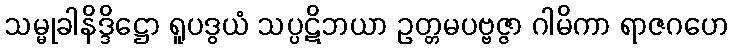
သမ္မုခါနိဒ္ဒိဋ္ဌော ရူပဒွယံ သပ္ပဋိဘယာ ဥတ္တမပဗ္ဗဇ္ဇာ ဂါမိကာ ရာဇဂဟေ